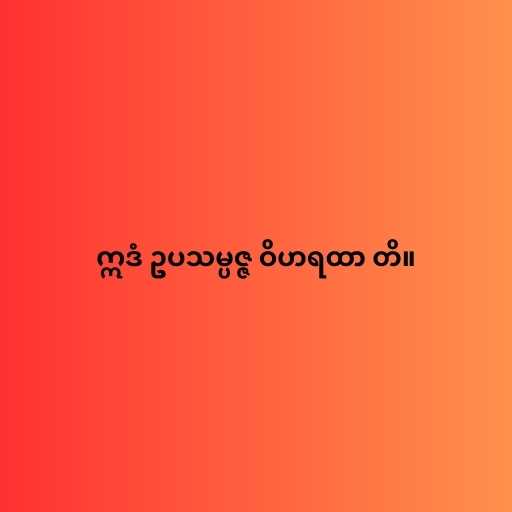
ဣဒံ ဥပသမ္ပဇ္ဇ ဝိဟရထာ တိ။